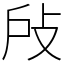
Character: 𢻻